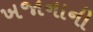
ખજાનાની